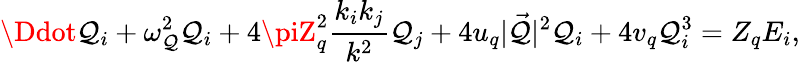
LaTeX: \Ddot{\mathcal{Q}}_{i}+\omega_{\mathcal{Q}}^{2}\mathcal{Q}_{i}+4\piZ_{q}^{2}\frac{{k_{i}k_{j}}}{{k^{2}}}\mathcal{Q}_{j}+4u_{q}|\vec{{\mathcal{Q}}}|^{2}\mathcal{Q}_{i}+4v_{q}\mathcal{Q}_{i}^{3}=Z_{q}E_{i},